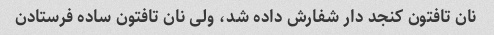
نان تافتون کنجد دار شفارش داده شد، ولی نان تافتون ساده فرستادن